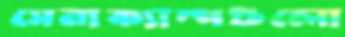
সেনাক্যাম্পগুলো